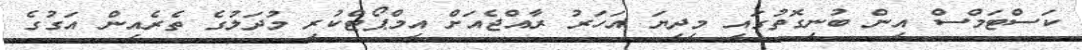
ކަސްޓަމްސް އިން ބުނިގޮތުގައި މިދިޔަ އަހަރު ރާއްޖެއަށް އިމްޕޯޓްކުރި މުދަލުގެ ތެރެއިން އަގުގެ